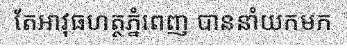
តែអាវុធហត្ថភ្នំពេញ បាននាំយកមក